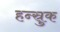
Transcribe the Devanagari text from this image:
हन्स्रुक